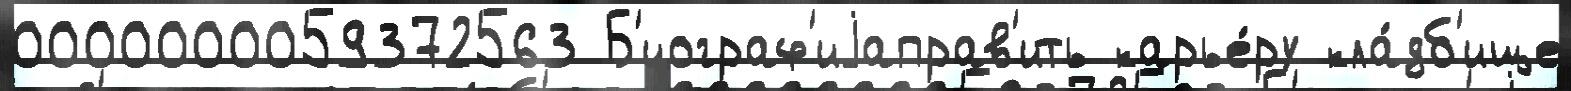
0000000059372563 Б'иограф'иjаправ'ить карье́ру кла́дб'ище